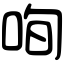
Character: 咰